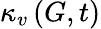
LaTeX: \kappa_{v}\left(G,t\right)